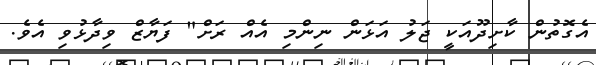
އެގޮތުން ކާށިދޫއަކީ ޖަލު އަޅަން ނިންމި އެއް ރަށް" ފަޔާޒް ވިދާޅުވި އެވެ.